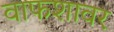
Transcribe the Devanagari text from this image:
वाफशावर